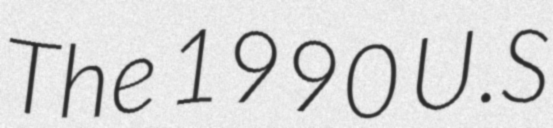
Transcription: The 1990 U.S